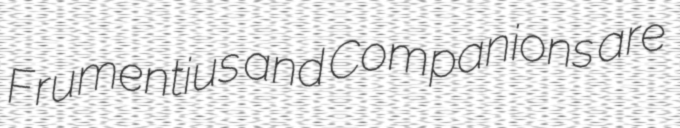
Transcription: Frumentius and Companions are